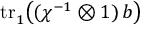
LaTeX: \mathrm { t r } { \vphantom | } _ { 1 } \bigl ( ( \chi ^ { - 1 } \otimes 1 ) \, b \bigr )